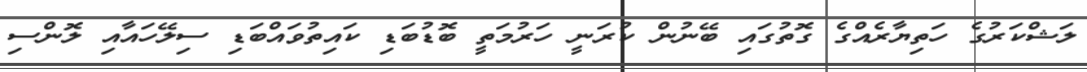
ލަޝްކަރުގެ ހަތިޔާރެއްގެ ގޮތުގައި ބޭނުން ކުރަނީ ހަރުމަތީ ބޮޑުބަޑި ކައިތުވައްބަޑި ސިލޭހައާއި ލޮންސި